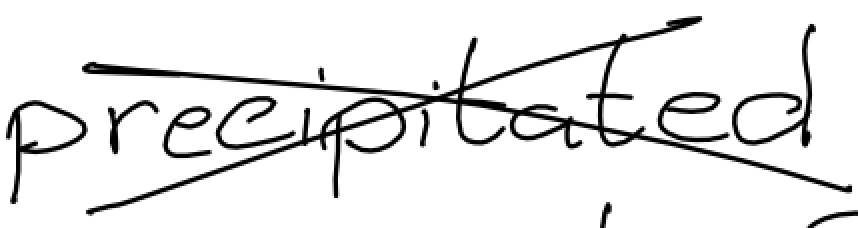
Text: precipitated
Cross-out: cross
Writing tool: digital_black